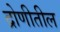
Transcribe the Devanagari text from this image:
द्रोणीतील